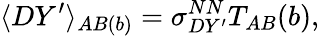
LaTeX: \langle DY^{\prime}\rangle_{AB(b)}=\sigma_{DY^{\prime}}^{NN}T_{AB}(b),